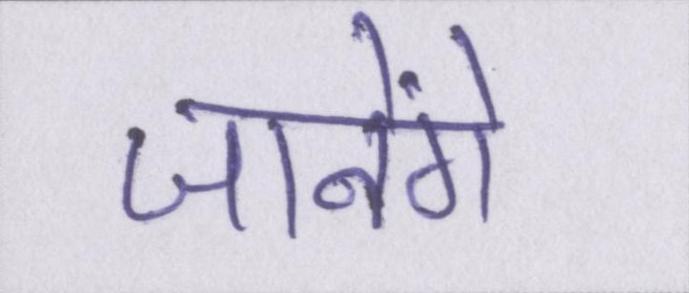
जानेंगे